Report of the Indian Hemp Drugs Commission, 1894-1895 - Volume I
Year: 1894
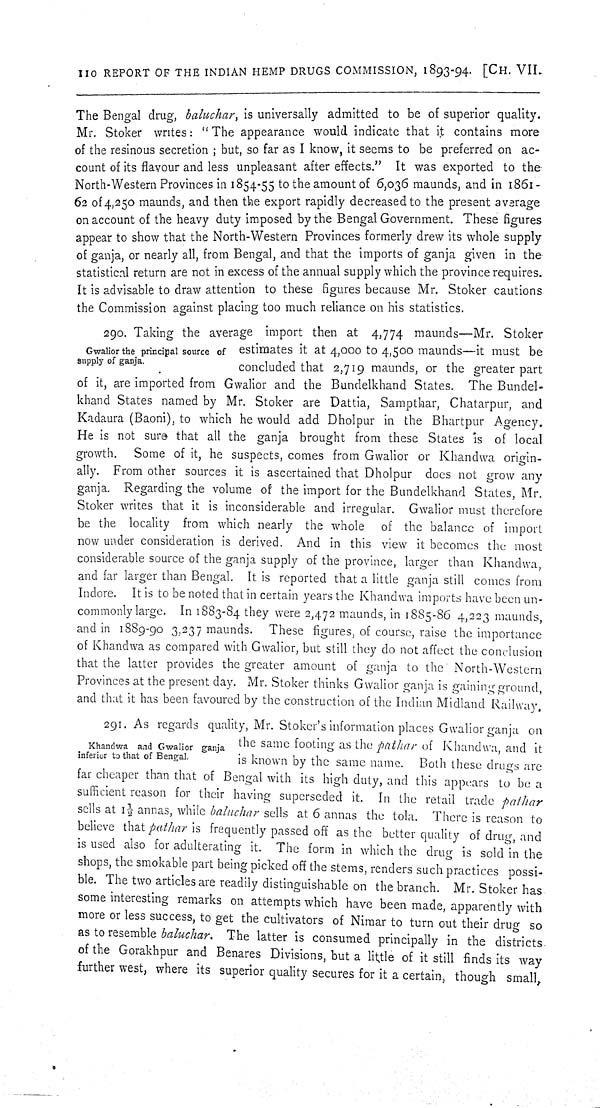
110 REPORT OF THE INDIAN HEMP DRUGS COMMISSION, 1893-94. [CH. VII.
The Bengal drug, baluchar, is universally admitted to be of superior quality.
Mr. Stoker writes: "The appearance would indicate that it contains more
of the resinous secretion; but, so far as I know, it seems to be preferred on ac-
count of its flavour and less unpleasant after effects." It was exported to the
North-Western Provinces in 1854-55 to the amount of 6,036 maunds, and in 1861—
62 of 4,250 maunds, and then the export rapidly decreased to the present average
on account of the heavy duty imposed by the Bengal Government. These figures
appear to show that the North-Western Provinces formerly drew its whole supply
of ganja, or nearly all, from Bengal, and that the imports of ganja given in the
statistical return are not in excess of the annual supply which the province requires.
It is advisable to draw attention to these figures because Mr. Stoker cautions
the Commission against placing too much reliance on his statistics.
Gwalior the principal source of
supply of ganja.
290. Taking the average import then at 4,774 maunds—Mr. Stoker
estimates it at 4,000 to 4,500 maunds—it must be
concluded that 2,719 maunds, or the greater part
of it, are imported from Gwalior and the Bundelkhand States. The Bundel-
khand States named by Mr. Stoker are Dattia, Sampthar, Chatarpur, and
Kadaura (Baoni), to which he would add Dholpur in the Bhartpur Agency.
He is not sure that all the ganja brought from these States is of local
growth. Some of it, he suspects, comes from Gwalior or Khandwa origin-
ally. From other sources it is ascertained that Dholpur does not grow any
ganja. Regarding the volume of the import for the Bundelkhand States, Mr.
Stoker writes that it is inconsiderable and irregular. Gwalior must therefore
be the locality from which nearly the whole of the balance of import
now under consideration is derived. And in this view it becomes the most
considerable source of the ganja supply of the province, larger than Khandwa,
and far larger than Bengal. It is reported that a little ganja still comes from
Indore. It is to be noted that in certain years the Khandwa imports have been un-
commonly large. In 1883-84 they were 2,472 maunds, in 1885-86 4,223 maunds,
and in 1889-90 3,237 maunds. These figures, of course, raise the importance
of Khandwa as compared with Gwalior, but still they do not affect the conclusion
that the latter provides the greater amount of ganja to the North-Western
Provinces at the present day. Mr. Stoker thinks Gwalior ganja is gaining ground,
and that it has been favoured by the construction of the Indian Midland Railway.
Khandwa and Gwalior ganja
inferior to that of Bengal.
291. As regards quality, Mr. Stoker's information places Gwalior ganja on
the same footing as the pathar of Khandwa, and it
is known by the same name. Both these drugs are
far cheaper than that of Bengal with its high duty, and this appears to be a
sufficient reason for their having superseded it. In the retail trade pathar
sells at 1½ annas, while baluchar sells at 6 annas the tola. There is reason to
believe that pathar is frequently passed off as the better quality of drug, and
is used also for adulterating it. The form in which the drug is sold in the
shops, the smokable part being picked off the stems, renders such practices possi-
ble. The two articles are readily distinguishable on the branch. Mr. Stoker has
some interesting remarks on attempts which have been made, apparently with
more or less success, to get the cultivators of Nimar to turn out their drug so
as to resemble baluchar. The latter is consumed principally in the districts
of the Gorakhpur and Benares Divisions, but a little of it still finds its way
further west, where its superior quality secures for it a certain, though small,